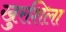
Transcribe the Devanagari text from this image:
खुरशिला